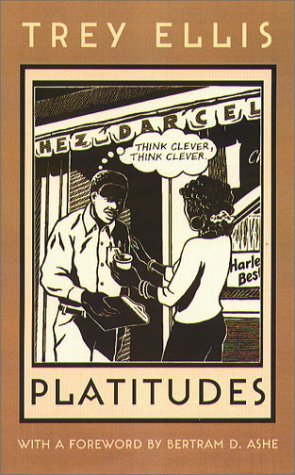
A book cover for Platitudes (Northeastern Library of Black Literature); Trey Ellis; Literature & Fiction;